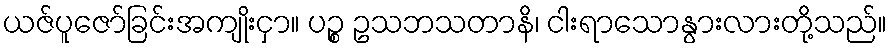
ယဇ်ပူဇော်ခြင်းအကျိုးငှာ။ ပဉ္စ ဥသဘသတာနိ၊ ငါးရာသောနွားလားတို့သည်။